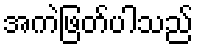
အကဲဖြတ်ပါသည်